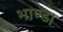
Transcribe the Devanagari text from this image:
भाण्ड।